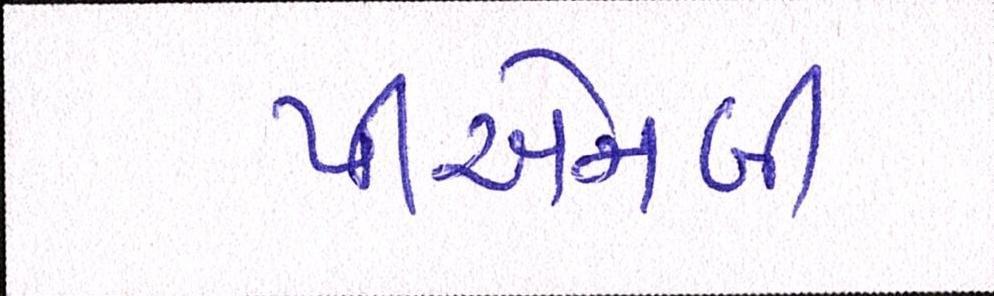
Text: પીએનબી